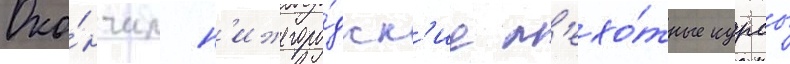
Око́нчил н'ижегоро́дск'ие п'ехо́тные курсы